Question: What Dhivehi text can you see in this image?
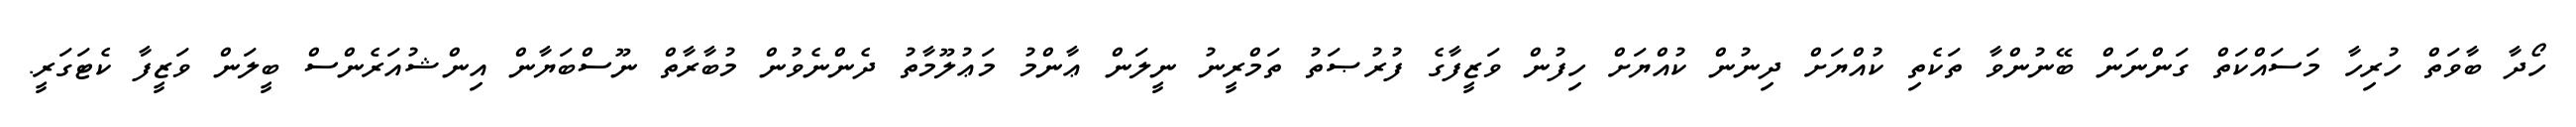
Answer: ހޯދާ ބާވަތް ހުރިހާ މަސައްކަތް ގަންނަން ބޭނުންވާ ތަކެތި ކުއްޔަށް ދިނުން ކުއްޔަށް ހިފުން ވަޒީފާގެ ފުރުޞަތު ތަމްރީނު ނީލަން ޢާންމު މަޢުލޫމާތު ދެންނެވުން މުބާރާތް ނޫސްބަޔާން އިންޝުއަރެންސް ބީލަން ވަޒީފާ ކެޓަގަރީ.